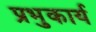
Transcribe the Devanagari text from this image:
प्रभुकार्य